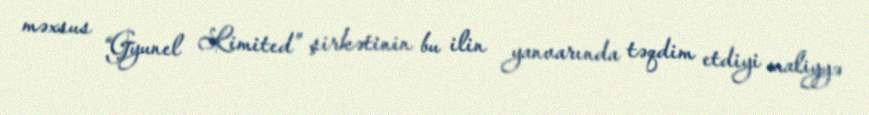
məxsus “Gyunel Limited” şirkətinin bu ilin yanvarında təqdim etdiyi maliyyə